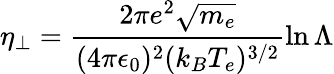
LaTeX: \eta_{\perp}=\frac{2\pi e^{2}\sqrt{m_{e}}}{(4\pi\epsilon_{0})^{2}(k_{B}T_{e})^{3/2}}\ln\Lambda